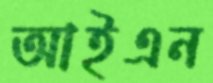
আইএন